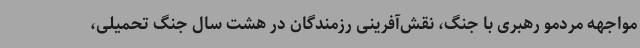
مواجهه مردمو رهبری با جنگ، نقش‌آفرینی رزمندگان در هشت سال جنگ تحمیلی،